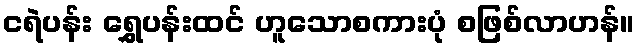
ငရဲပန်း ရွှေပန်းထင် ဟူသောစကားပုံ စဖြစ်လာဟန်။